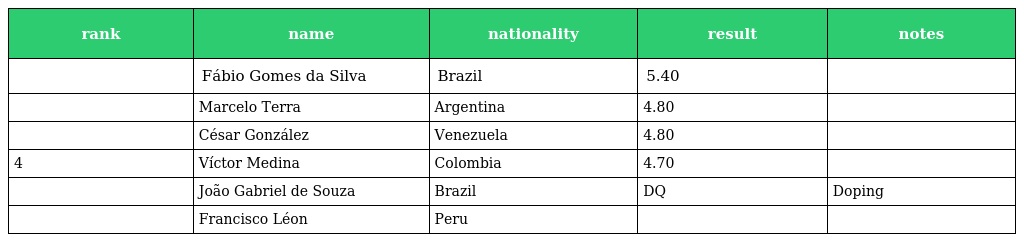
| rank | name | nationality | result | notes |
 | --- | --- | --- | --- | --- |
 |  | Fábio Gomes da Silva | Brazil | 5.40 |  |
 |  | Marcelo Terra | Argentina | 4.80 |  |
 |  | César González | Venezuela | 4.80 |  |
 | 4 | Víctor Medina | Colombia | 4.70 |  |
 |  | João Gabriel de Souza | Brazil | DQ | Doping |
 |  | Francisco Léon | Peru |  |  |